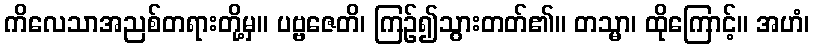
ကိလေသာအညစ်တရားတို့မှ။ ပဗ္ဗဇေတိ၊ ကြဉ်၍သွားတတ်၏။ တသ္မာ၊ ထိုကြောင့်။ အဟံ၊